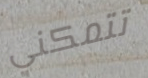
تتمكني